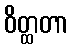
ဝိတ္ထတာ